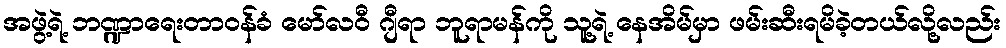
အဖွဲ့ရဲ့ ဘဏ္ဍာရေးတာဝန်ခံ မော်လဝီ ဂျီရာ ဘူရာမန်ကို သူ့ရဲ့ နေအိမ်မှာ ဖမ်းဆီးရမိခဲ့တယ်လို့လည်း